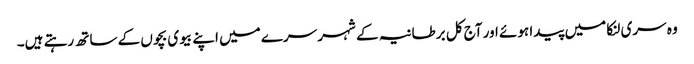
وہ سری لنکا میں پیدا ہوئے اور آج کل برطانیہ کے شہر سرے میں اپنے بیوی بچوں کے ساتھ رہتے ہیں۔